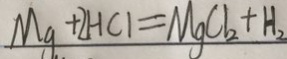
M g + 2 H C l = M g C l _ { 2 } + H _ { 2 }